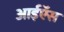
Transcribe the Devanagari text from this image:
आईऍस